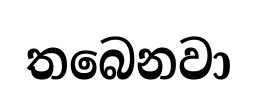
තබෙනවා